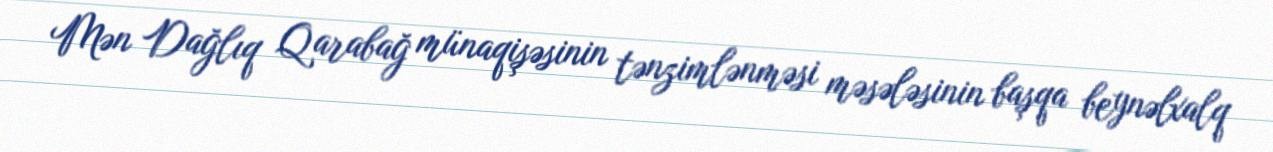
Mən Dağlıq Qarabağ münaqişəsinin tənzimlənməsi məsələsinin başqa beynəlxalq